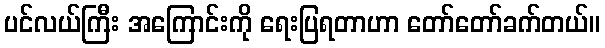
ပင်လယ်ကြီး အကြောင်းကို ရေးပြရတာဟာ တော်တော်ခက်တယ်။